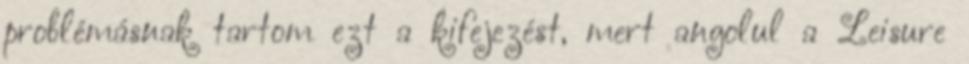
problémásnak tartom ezt a kifejezést, mert angolul a Leisure